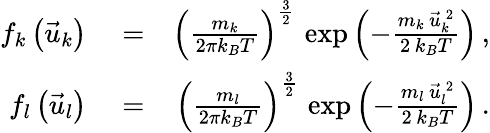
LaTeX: \begin{array}{rlr}{f_{k}\left(\vec{u}_{k}\right)}&{{}=}&{\left(\frac{m_{k}}{2\pi k_{B}T}\right)^{\frac{3}{2}}\, \exp\left(-\frac{m_{k}\, \vec{u}_{k}^{\, 2}}{2\, k_{B}T}\right)\, ,}\\ {f_{l}\left(\vec{u}_{l}\right)}&{{}=}&{\left(\frac{m_{l}}{2\pi k_{B}T}\right)^{\frac{3}{2}}\, \exp\left(-\frac{m_{l}\, \vec{u}_{l}^{\, 2}}{2\, k_{B}T}\right)\, .}\end{array}